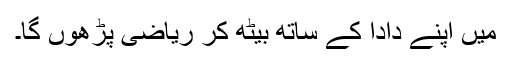
میں اپنے دادا کے ساتھ بیٹھ کر ریاضی پڑھوں گا۔